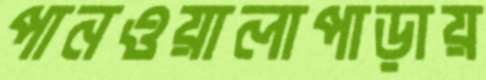
পানওয়ালাপাড়ায়